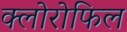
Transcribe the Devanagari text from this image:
क्‍लोरोफिल